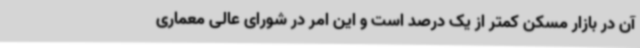
آن در بازار مسکن کمتر از یک درصد است و این امر در شورای عالی معماری